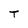
Character: T